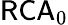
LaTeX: {\mathsf{RCA}}_{0}